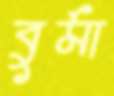
বুর্মা